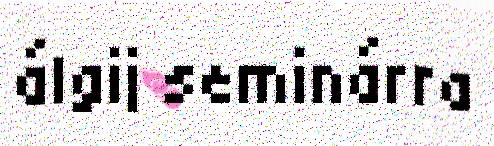
álgij seminárra